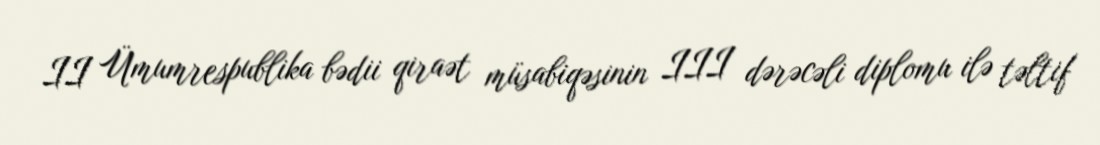
II Ümumrespublika bədii qiraət müsabiqəsinin III dərəcəli diplomu ilə təltif